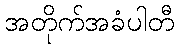
အတိုက်အခံပါတီ